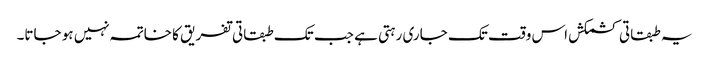
یہ طبقاتی کشمکش اس وقت تک جاری رہتی ہے جب تک طبقاتی تفریق کا خاتمہ نہیں ہو جاتا۔